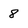
Character: 8